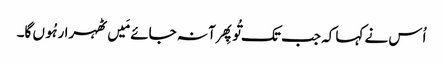
اُس نے کہا کہ جب تک تُو پِھر آ نہ جائے مَیں ٹھہرا رہُوں گا۔